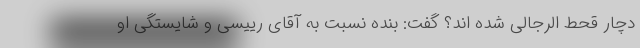
دچار قحط الرجالی شده اند؟ گفت: بنده نسبت به آقای رییسی و شایستگی او